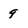
Character: 9